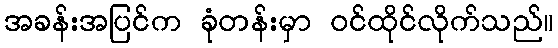
အခန်းအပြင်က ခုံတန်းမှာ ဝင်ထိုင်လိုက်သည်။